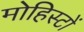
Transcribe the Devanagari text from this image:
मोहिस्टों